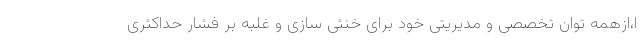
ا،ازهمه توان تخصصی و مدیریتی خود برای خنثی سازی و غلبه بر فشار حداکثری